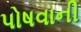
પોષવાની